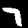
Label: 7